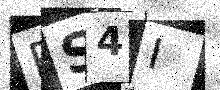
Text: RS4I